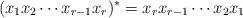
LaTeX: \begin{align*} (x_1x_2\cdots x_{r-1} x_r)^* = x_rx_{r-1}\cdots x_2x_1\end{align*}